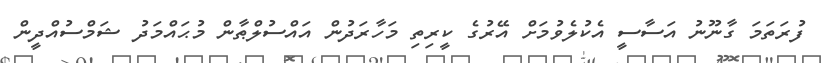
ފުރަތަމަ ގާނޫނު އަސާސީ އެކުލެވުމަށް އޭރުގެ ކީރިތި މަހާރަދުން އައްސުލްޠާން މުޙައްމަދު ޝަމްސުއްދީން